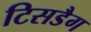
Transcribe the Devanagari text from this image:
टिसडैग